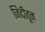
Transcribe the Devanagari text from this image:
जिद्दीतून